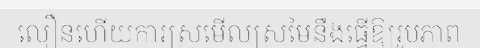
លឿនហើយការស្រមើលស្រមៃនឹងធ្វើឱ្យរូបភាព